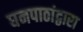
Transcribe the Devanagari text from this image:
घनपाठांद्वारा